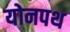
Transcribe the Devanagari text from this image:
योनपथ